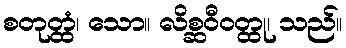
စတုတ္ထံ၊ သော။ လိစ္ဆဝီဝတ္ထု၊ သည်။